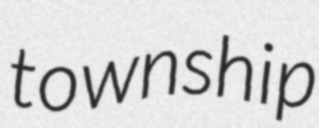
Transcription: township